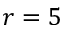
r = 5